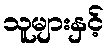
သူများနှင့်